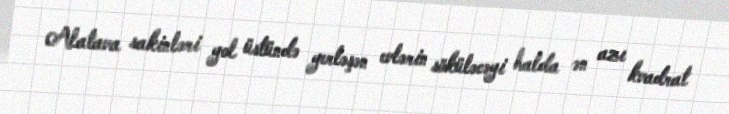
Alatava sakinləri yol üstündə yerləşən evlərin söküləcəyi halda ən azı kvadrat